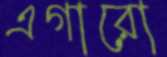
এগারো